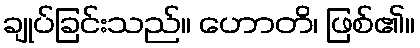
ချုပ်ခြင်းသည်။ ဟောတိ၊ ဖြစ်၏။